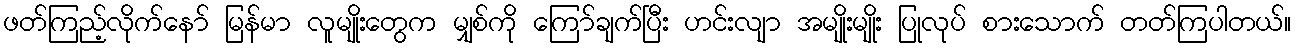
ဖတ်ကြည့်လိုက်နော် မြန်မာ လူမျိုးတွေက မျှစ်ကို ကြော်ချက်ပြီး ဟင်းလျာ အမျိုးမျိုး ပြုလုပ် စားသောက် တတ်ကြပါတယ်။